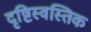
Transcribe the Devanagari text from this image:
दृष्टिस्वस्तिक